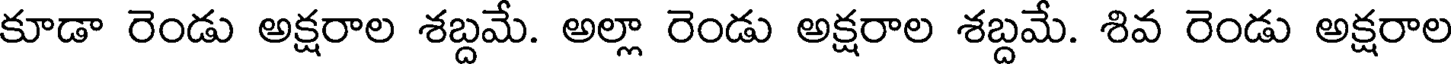
కూడా రెండు అక్షరాల శబ్దమే. అల్లా రెండు అక్షరాల శబ్దమే. శివ రెండు అక్షరాల